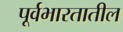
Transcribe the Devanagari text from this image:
पूर्वभारतातील